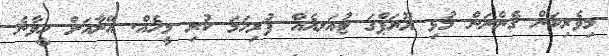
މިވެރިކަން ގެންނަން މުޅި ޔޫރަޕްގަ ޓުއަރއެއް ފުރިހަމަ ކުރި މީހެއް. އޭނާއަށް ހީވާނެ